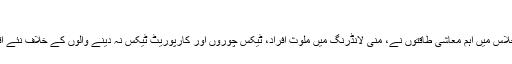
خامیاں دور کرنے کی کوشش
سنہ 2013 میں جی ایٹ کے اجلاس میں اہم معاشی طاقتوں نے، منی لانڈرنگ میں ملوث افراد، ٹیکس چوروں اور کارپوریٹ ٹیکس نہ دینے والوں کے خلاف نئے اقدامات پر آمادگی ظاہر کی تھی۔